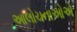
આલોચનાઓએ